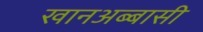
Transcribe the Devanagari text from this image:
खानअब्बासी